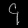
Digit: ၄